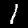
Label: 1